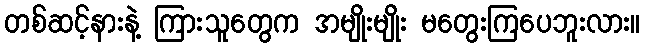
တစ်ဆင့်နားနဲ့ ကြားသူတွေက အမျိုးမျိုး မတွေးကြပေဘူးလား။